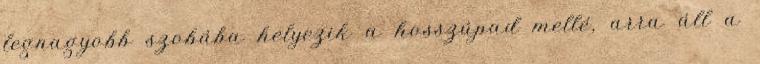
legnagyobb szobába helyezik a hosszúpad mellé, arra áll a